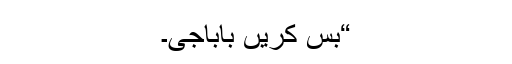
“بس کریں باباجی۔